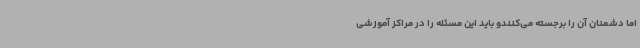
اما دشمنان آن را برجسته می‌کنندو باید این مسئله را در مراکز آموزشی